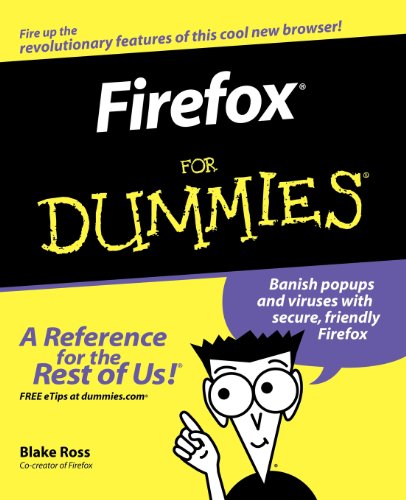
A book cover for Firefox For Dummies; Blake Ross; Computers & Technology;